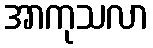
အာကုသလာ